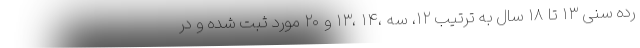
رده سنی ۱۳ تا ۱۸ سال به ترتیب ۱۲، سه ،۱۴ ،۱۳ و ۲۰ مورد ثبت شده و در